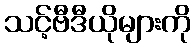
သင့်ဗီဒီယိုများကို